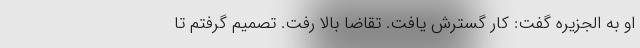
او به الجزیره گفت: کار گسترش یافت. تقاضا بالا رفت. تصمیم گرفتم تا